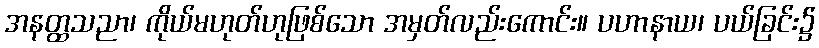
အနတ္ထသညာ၊ ကိုယ်မဟုတ်ဟုဖြစ်သော အမှတ်လည်းကောင်း။ ပဟာနာယ၊ ပယ်ခြင်း၌